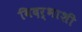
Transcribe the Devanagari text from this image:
विदर्भाशी